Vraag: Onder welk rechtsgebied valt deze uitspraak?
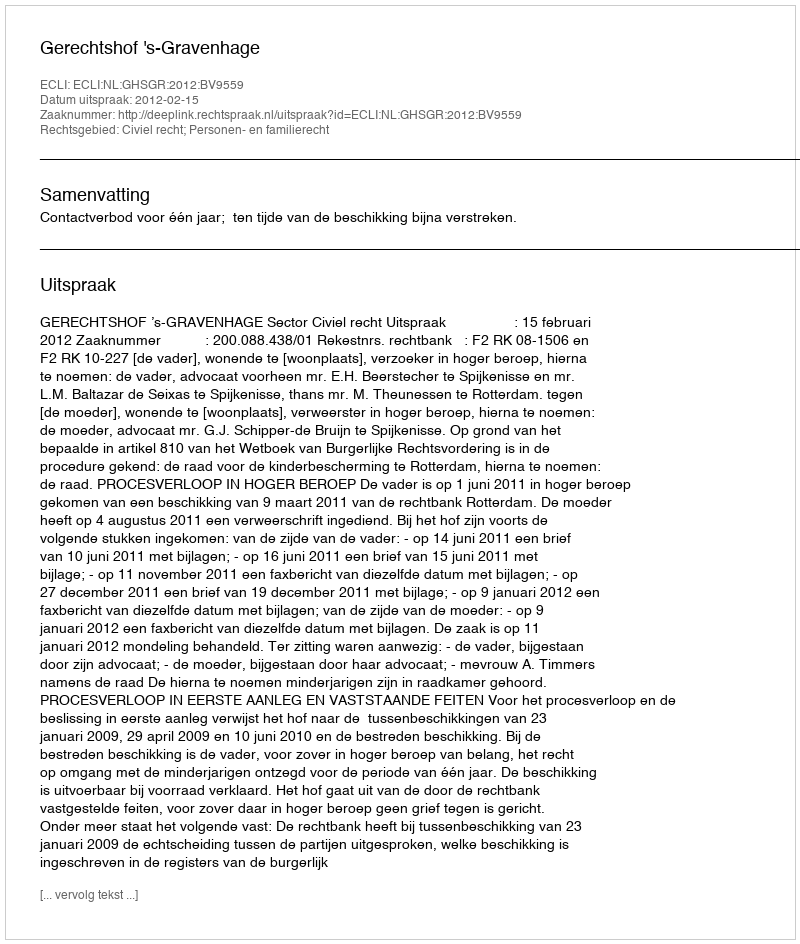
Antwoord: Civiel recht; Personen- en familierecht